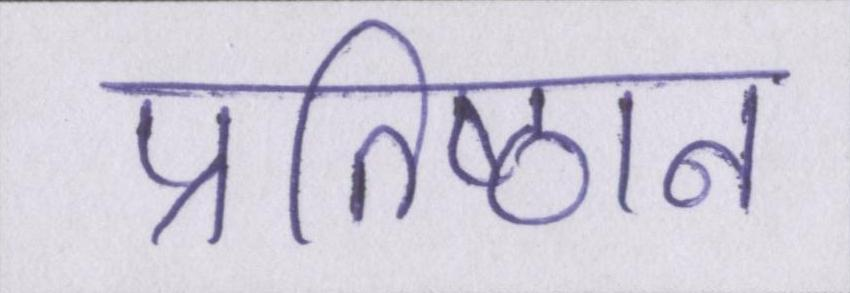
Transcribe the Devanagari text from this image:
प्रतिष्ठान